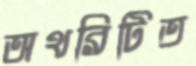
অথরিটিত